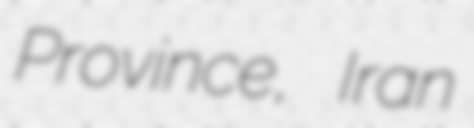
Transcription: Province, Iran